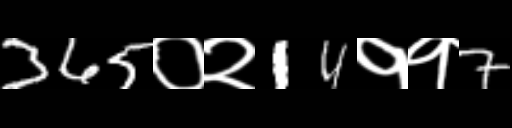
Text: 365०२14११7